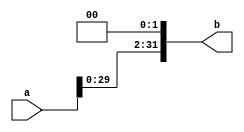
module left_shift(a,b);
input[31:0] a;
output[31:0] b;
assign b={a[29:0],2'b00};
endmodule